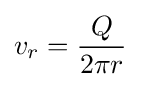
v_{r}={\frac {Q}{2\pi r}}